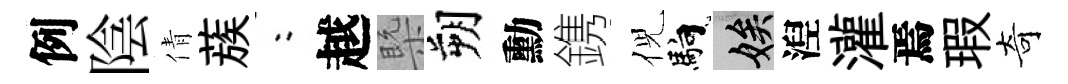
例陰倩蔟欸越槩朔勳鎸倪馿娭湼灌焉瑕奇